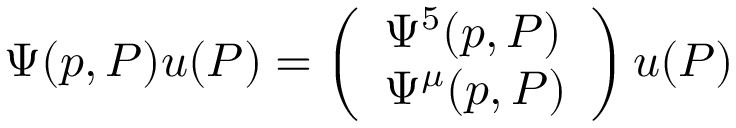
\Psi ( p , P ) u ( P ) = \left( \begin{array} { l } { { \Psi ^ { 5 } ( p , P ) } } \\ { { \Psi ^ { \mu } ( p , P ) } } \end{array} \right) u ( P )